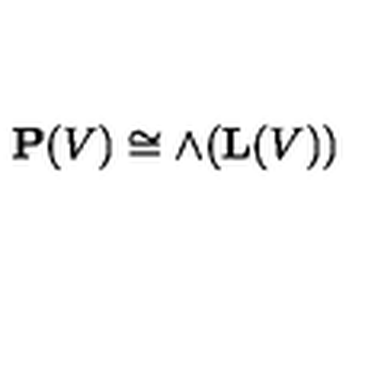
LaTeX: { \bf P } ( V ) \cong { \mathrm { \large \land } } ( { \bf L } ( V ) )